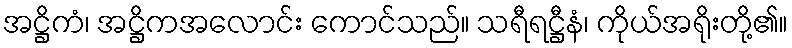
အဋ္ဌိကံ၊ အဋ္ဌိကအလောင်း ကောင်သည်။ သရီရဋ္ဌီနံ၊ ကိုယ်အရိုးတို့၏။